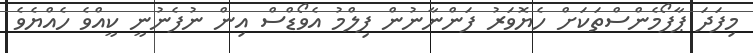
މިފަދަ ޕާފޯމެންސްތަކަށް ހެޔޮވަރު ފަންނާނުން ފިލްމު އެވޯޑްސް އިން ނުފެނުނީ ކީއްވެ ހެއްޔެވެ